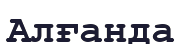
Алғанда